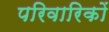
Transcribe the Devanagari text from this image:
परिवारिकों